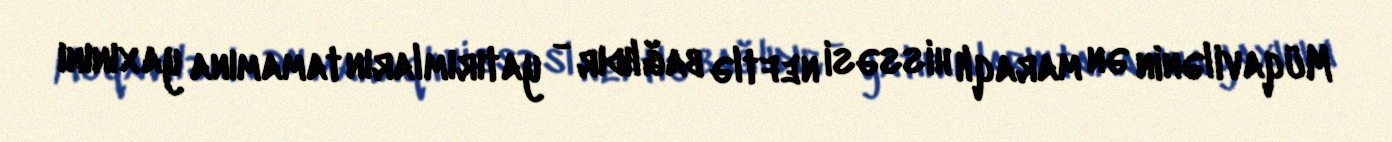
Müqavilənin ən maraqlı hissəsi neftlə bağlıdır - yatırımların tamamına yaxınını